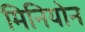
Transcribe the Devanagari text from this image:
मिनियोन